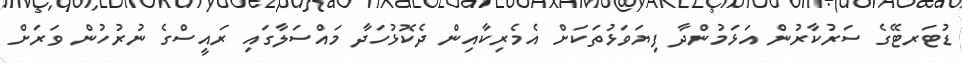
ޑުޓަރޓޭގެ ސަރުކާރުން އަޅަމުންދާ ފިޔަވަޅުތަކަށް އެމެރިކާއިން ދެކޮޅުހަދާ މައްސަލާގައި ރައީސްގެ ނުރުހުން ވަރަށް